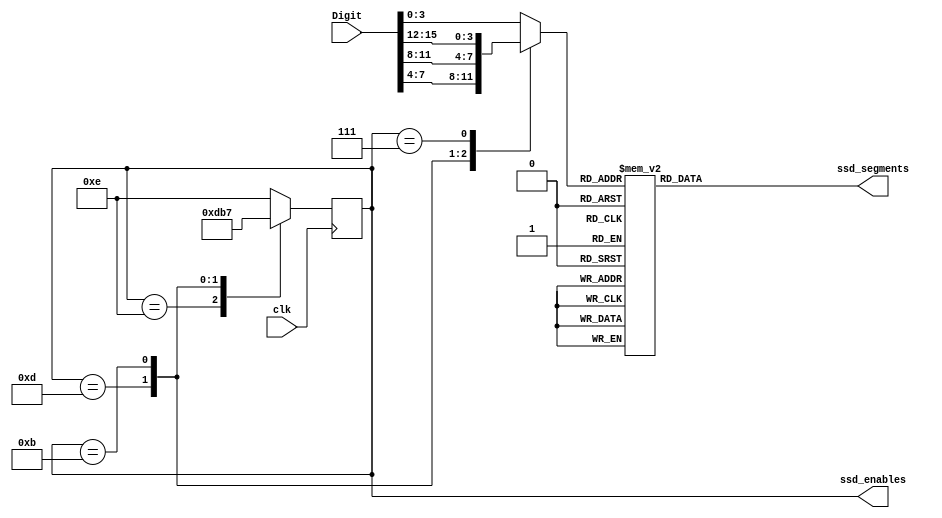
module SSD_render(input clk, input [15:0] Digit, output reg [3:0] ssd_enables, output reg [6:0] ssd_segments);
    initial begin
        ssd_enables = digit0;
    end
    
    wire [3:0] currentDigits [3:0];
    reg [3:0] selectedDigit;
    
    reg [3:0] next_ssd_enables;
    localparam [3:0] digit0 = 4'b1110, digit1 = 4'b1101, digit2 = 4'b1011, digit3 = 4'b0111;

    always @(*) begin
        case (ssd_enables)
            digit0: next_ssd_enables = digit1;
            digit1: next_ssd_enables = digit2;
            digit2: next_ssd_enables = digit3;
            digit3: next_ssd_enables = digit0;
            default: next_ssd_enables = digit0;
        endcase
    end

    always @(posedge clk) begin
        ssd_enables <= next_ssd_enables;
    end
    
    always @(*) begin
        case (ssd_enables)
            digit0: selectedDigit = {currentDigits[0][3], currentDigits[0][2], currentDigits[0][1], currentDigits[0][0]};
            digit1: selectedDigit = {currentDigits[1][3], currentDigits[1][2], currentDigits[1][1], currentDigits[1][0]};
            digit2: selectedDigit = {currentDigits[2][3], currentDigits[2][2], currentDigits[2][1], currentDigits[2][0]};
            digit3: selectedDigit = {currentDigits[3][3], currentDigits[3][2], currentDigits[3][1], currentDigits[3][0]};
            default: selectedDigit = {currentDigits[0][3], currentDigits[0][2], currentDigits[0][1], currentDigits[0][0]};
        endcase
    end
    
    localparam [6:0] ZeroSegments = 7'b0000001, OneSegments = 7'b1001111, TwoSegments = 7'b0010010, ThreeSegments = 7'b0000110, FourSegments = 7'b1001100, FiveSegments = 7'b0100100,
                    SixSegments = 7'b0100000, SevenSegments = 7'b0001111, EightSegments = 7'b0000000, NineSegments = 7'b0000100, NegativeSegments = 7'b1111110, BlankSegments = 7'b1111111;
    always @(*) begin
        case (selectedDigit)
            4'b0000: ssd_segments = ZeroSegments;
            4'b0001: ssd_segments = OneSegments;
            4'b0010: ssd_segments = TwoSegments;
            4'b0011: ssd_segments = ThreeSegments;
            4'b0100: ssd_segments = FourSegments;
            4'b0101: ssd_segments = FiveSegments;
            4'b0110: ssd_segments = SixSegments;
            4'b0111: ssd_segments = SevenSegments;
            4'b1000: ssd_segments = EightSegments;
            4'b1001: ssd_segments = NineSegments;
            4'b1010: ssd_segments = NegativeSegments;
            4'b1011: ssd_segments = BlankSegments;
            default: ssd_segments = BlankSegments;
        endcase
    end
    
    assign {currentDigits[3],currentDigits[2],currentDigits[1],currentDigits[0]} = Digit;
endmodule